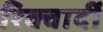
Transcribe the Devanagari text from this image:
रिक्वार्दी